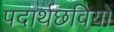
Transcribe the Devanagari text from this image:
पदार्थछवियों